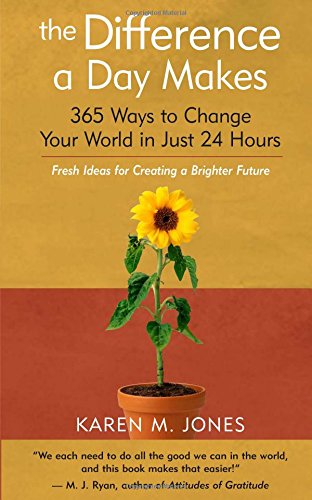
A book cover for The Difference a Day Makes: 365 Ways to Change Your World in Just 24 Hours; Karen M. Jones; Reference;